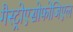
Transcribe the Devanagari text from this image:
गैस्ट्रोएसोफोजिएल